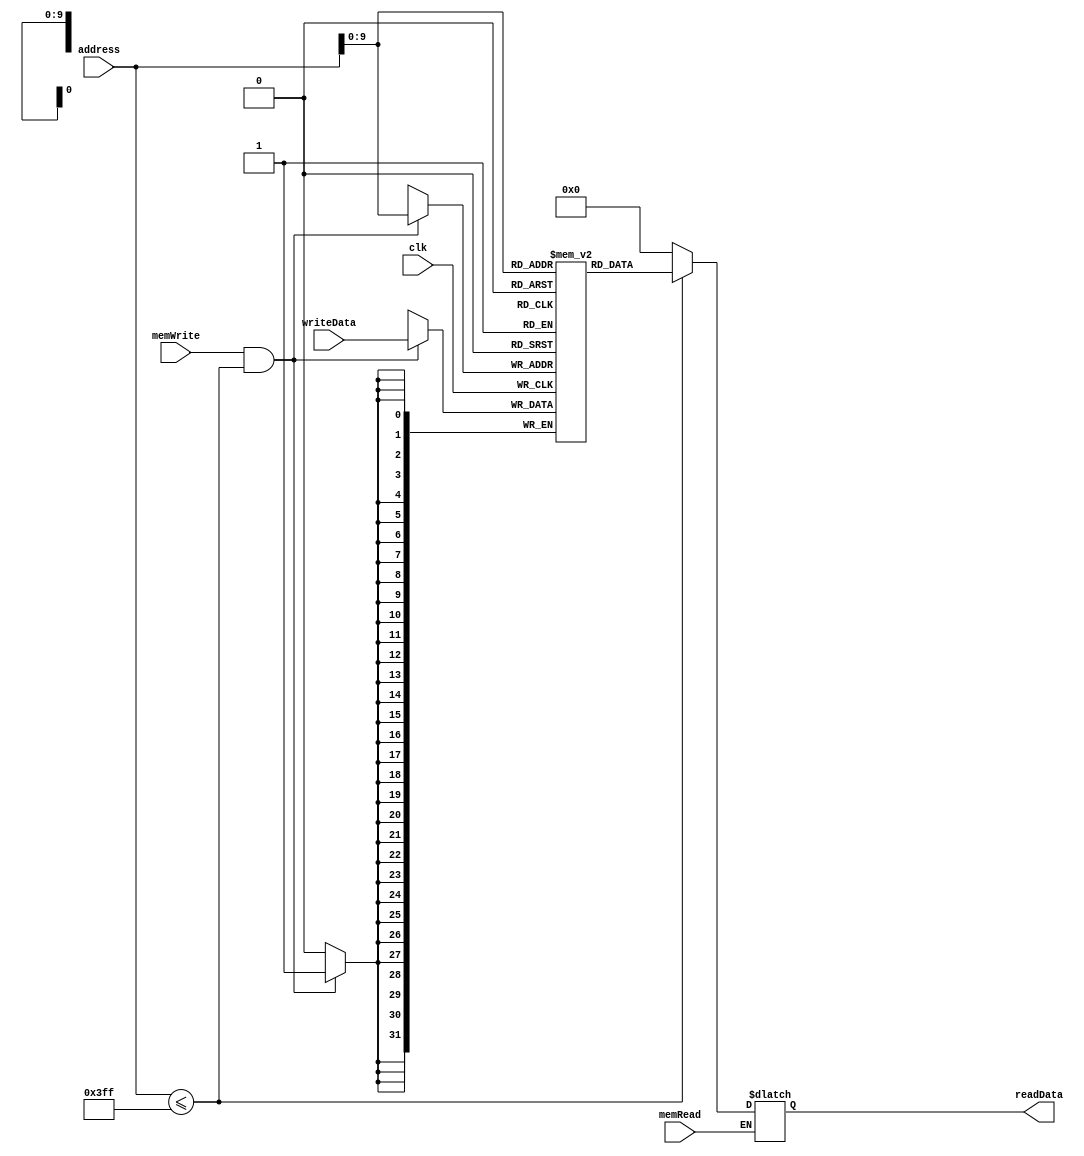
`timescale 1ns / 1ps
//////////////////////////////////////////////////////////////////////////////////
// Company: 
// Engineer: 
// 
// Design Name: 
// Module Name: data_Memory
// Project Name: 
// Target Devices: 
// Tool Versions: 
// Description: 
// 
// Dependencies: 
// 
// Revision:
// Revision 0.01 - File Created
// Additional Comments:
// 
//////////////////////////////////////////////////////////////////////////////////


module dataMemory(
    input clk,
    input [31 : 0] address,
    input [31 : 0] writeData,
    input memWrite,
    input memRead,
    output [31 : 0] readData
    );
    
    reg [31 : 0] memFile [0 : 1023];
    reg [31 : 0] ReadData;
    
    always @ (memRead or address)
    begin
        // check if the address is valid
        if (memRead)
        begin
            if(address <= 1023)
                ReadData = memFile[address];
            else
                ReadData = 0;
        end
    end
    
    always @ (negedge clk)
    begin
        if (memWrite && address <= 1023)
            memFile[address] = writeData;
    end
    
    assign readData=ReadData;
endmodule